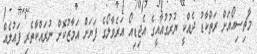
މާޗިސިއޯއަށް ރަތްކާޑު ދެއްކީ ޔުރުގުއާއީގެ އެޖިޑިއޯ އަރެވާލޯގެ ފަޔަށް އަމާޒުކޮށް ނުރައްކާތެރި ފައުލެއް